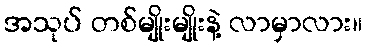
အသုပ် တစ်မျိုးမျိုးနဲ့ လာမှာလား။